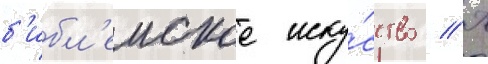
б'ибл'еиское иску́сство // К